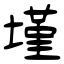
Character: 墐